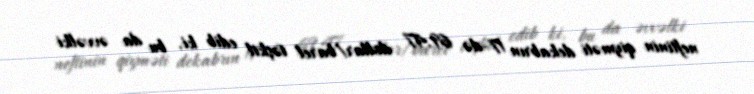
neftinin qiyməti dekabrın 17-də 69,47 dollar/barel təşkil edib ki, bu da əvvəlki